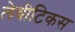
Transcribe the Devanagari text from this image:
लेवीटिकस